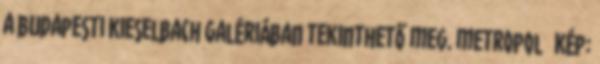
a budapesti Kieselbach Galériában tekinthető meg. metropol Kép: